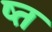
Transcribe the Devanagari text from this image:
ष्त